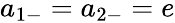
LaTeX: a_{1-}=a_{2-}=e